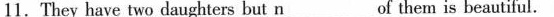
11. They have two daughters but n___of them is beautiful.